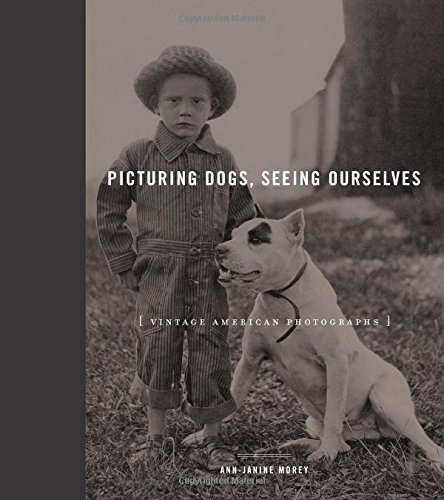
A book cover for Picturing Dogs, Seeing Ourselves: Vintage American Photographs (Animalibus: Of Animals and Cultures); Ann-Janine Morey; Arts & Photography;